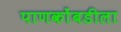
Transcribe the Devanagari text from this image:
पाणकोंबडीला